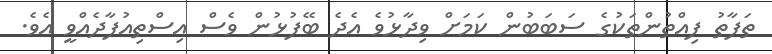
ތަފާތު ފިއްތުންތަކުގެ ސަބަބުން ކަމަށް ވިދާޅުވެ އެދެ ބޭފުޅުން ވެސް އިސްތިއުފާދެއްވީ އެވެ.